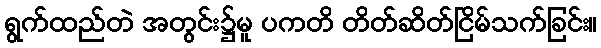
ရွက်ထည်တဲ အတွင်း၌မူ ပကတိ တိတ်ဆိတ်ငြိမ်သက်ခြင်း။